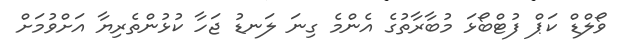
ވޯލްޑް ކަޕް ފުޓްބޯޅަ މުބާރާތުގެ އެންމެ ގިނަ ލަނޑު ޖަހާ ކުޅުންތެރިޔާ އަށްވުމަށް